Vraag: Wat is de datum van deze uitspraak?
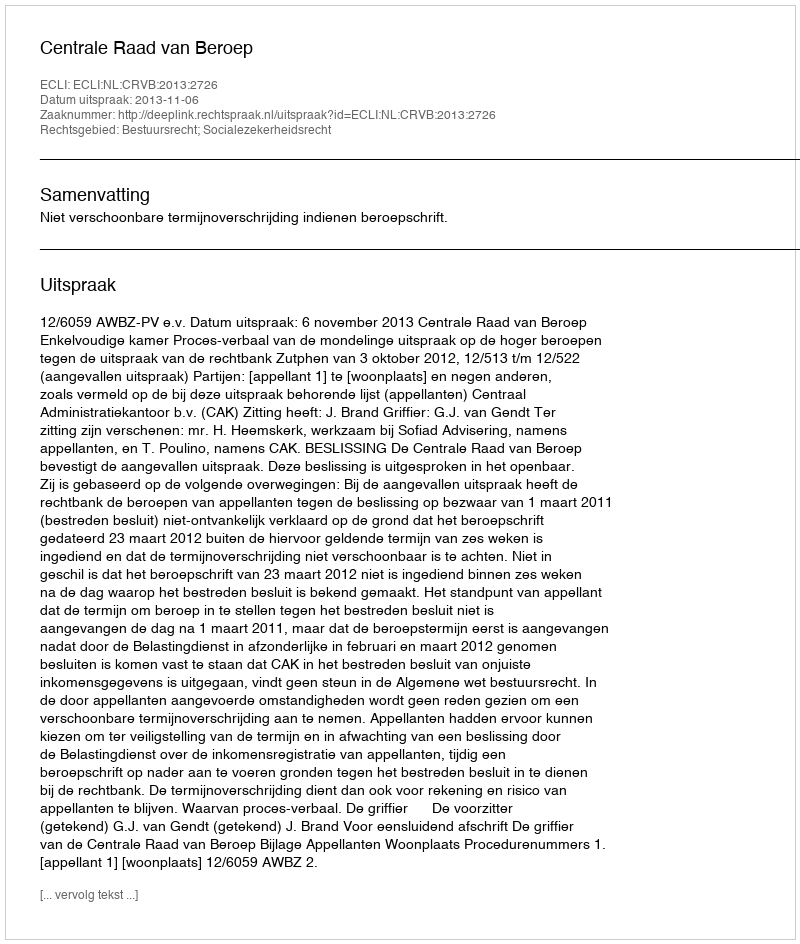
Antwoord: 2013-11-06